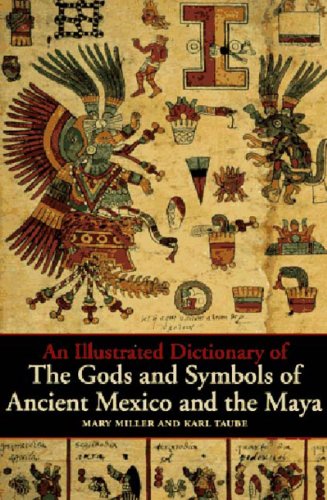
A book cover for An Illustrated Dictionary of the Gods and Symbols of Ancient Mexico and the Maya; Mary Ellen Miller; Science & Math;